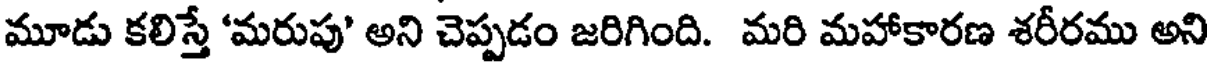
మూడు కలిస్తే 'మరుపు' అని చెప్పడం జరిగింది. మరి మహాకారణ శరీరము అని